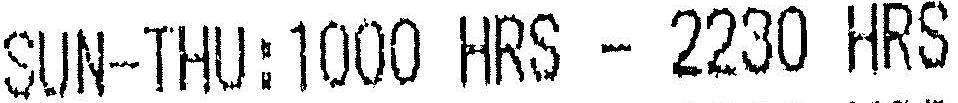
SUN-THU:1000 HRS - 2230 HRS